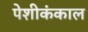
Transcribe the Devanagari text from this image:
पेशीकंकाल